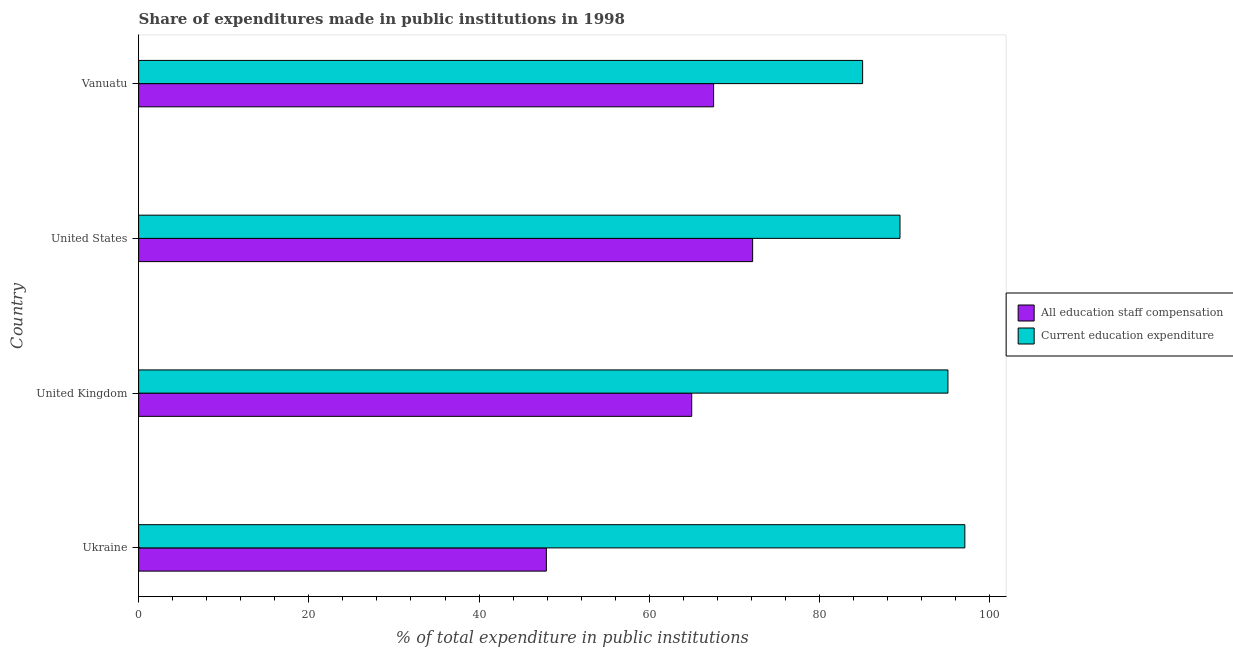
| Country | All education staff compensation | Current education expenditure |
 | --- | --- | --- |
 | Ukraine | 47.9 | 97.1 |
 | United Kingdom | 65 | 95.1 |
 | United States | 72.1 | 89.5 |
 | Vanuatu | 67.6 | 85.1 |